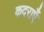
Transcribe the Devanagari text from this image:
कदराएँ